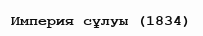
Империя сұлуы (1834)